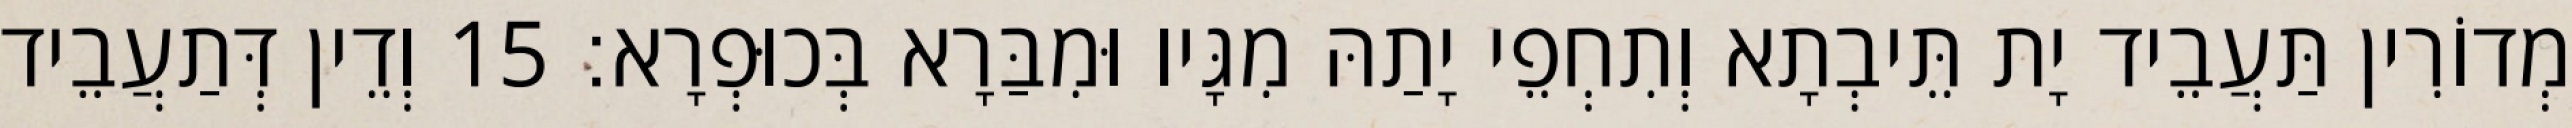
מְדוֹרִין תַּעֲבֵיד יָת תֵּיבְתָא וְתִחְפֵי יָתַהּ מִגָּיו וּמִבַּרָא בְּכוּפְרָא׃ 15 וְדֵין דְּתַעֲבֵיד